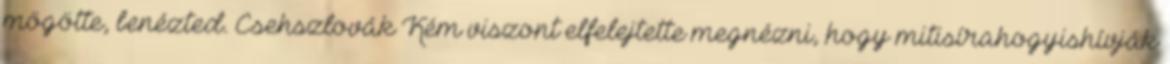
mögötte, benézted. Csehszlovák Kém viszont elfelejtette megnézni, hogy mitisírahogyishívják